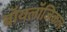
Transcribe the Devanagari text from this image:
बॉयलॉजिकल